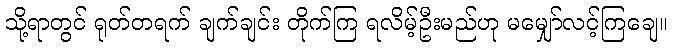
သို့ရာတွင် ရုတ်တရက် ချက်ချင်း တိုက်ကြ ရလိမ့်ဦးမည်ဟု မမျှော်လင့်ကြချေ။